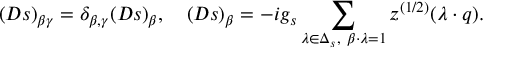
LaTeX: ( D s ) _ { \beta \gamma } = \delta _ { \beta , \gamma } ( D s ) _ { \beta } , \quad ( D s ) _ { \beta } = - i g _ { s } \sum _ { \lambda \in \Delta _ { s } , \ \beta \cdot \lambda = 1 } z ^ { ( 1 / 2 ) } ( \lambda \cdot q ) .